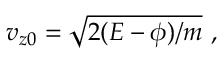
v _ { z 0 } = \sqrt { 2 ( E - \phi ) / m } \ ,